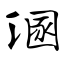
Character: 溷